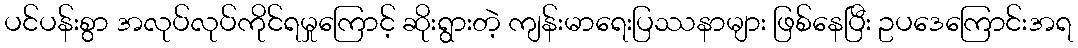
ပင်ပန်းစွာ အလုပ်လုပ်ကိုင်ရမှုကြောင့် ဆိုးရွားတဲ့ ကျန်းမာရေးပြဿနာများ ဖြစ်နေပြီး ဥပဒေကြောင်းအရ